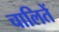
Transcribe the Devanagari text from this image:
चालितें